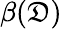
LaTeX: \beta(\mathfrak{D})